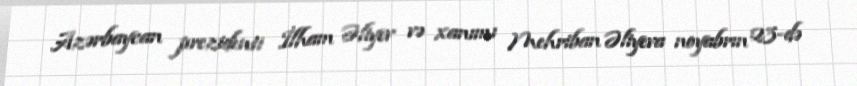
Azərbaycan prezidenti İlham Əliyev və xanımı Mehriban Əliyeva noyabrın 23-də